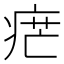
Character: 𤶼